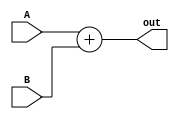
////////////////////////////////////////////////////////////////////////////////////////////////////////
//
// Institution   : Bandung Institute of Technology
//
// Module Name   : adder_2in
// Project Name  : LSI Design Contest in Okinawa 2018
// Target Devices: Sigmoid Function
// Tool versions : Vivado 2016.4
//
// Description: 
// 		Performing addition for 4 input values
// 
// Input:
//  	A : 16 bit signed : First Value
//  	B : 16 bit signed : Second Value 
//  	C : 16 bit signed : Third Value 
//  	D : 16 bit signed : Fourth Value 
//
// Output:
//  	out : 16 bit signed : Result 
//
// Revision: 
// Revision 0.01 - File Created
// Additional Comments: Addtion using operator +
//
///////////////////////////////////////////////////////////////////////////////////////////////////////

module adder_2in(A, B, out);

parameter DWIDTH=32;
parameter frac=24;

input signed [DWIDTH-1:0] A, B;
output signed [DWIDTH-1:0] out;

assign out = A + B;

endmodule